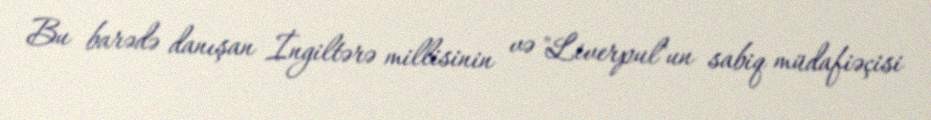
Bu barədə danışan İngiltərə millisinin və "Liverpul"un sabiq müdafiəçisi